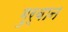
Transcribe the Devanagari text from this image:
ग़ुर्बान